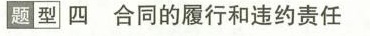
题型 四 合同的履行和违约责任